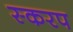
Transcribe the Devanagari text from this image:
स्करप